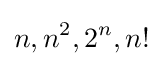
n,n^{2},2^{n},n!